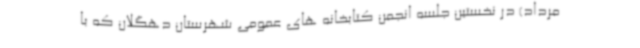
مرداد) در نخستین جلسه انجمن کتابخانه های عمومی شهرستان دهگلان که با